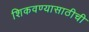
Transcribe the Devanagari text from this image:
शिकवण्यासाठीची